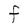
Character: F